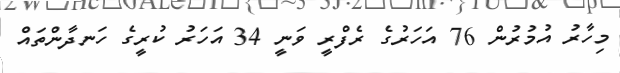
މިހާރު އުމުރުން 76 އަހަރުގެ ރެފްރީ ވަނީ 34 އަހަރު ކުރީގެ ހަނދާންތައް